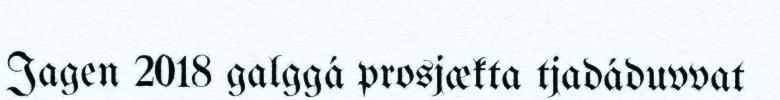
Jagen 2018 galggá prosjækta tjadáduvvat